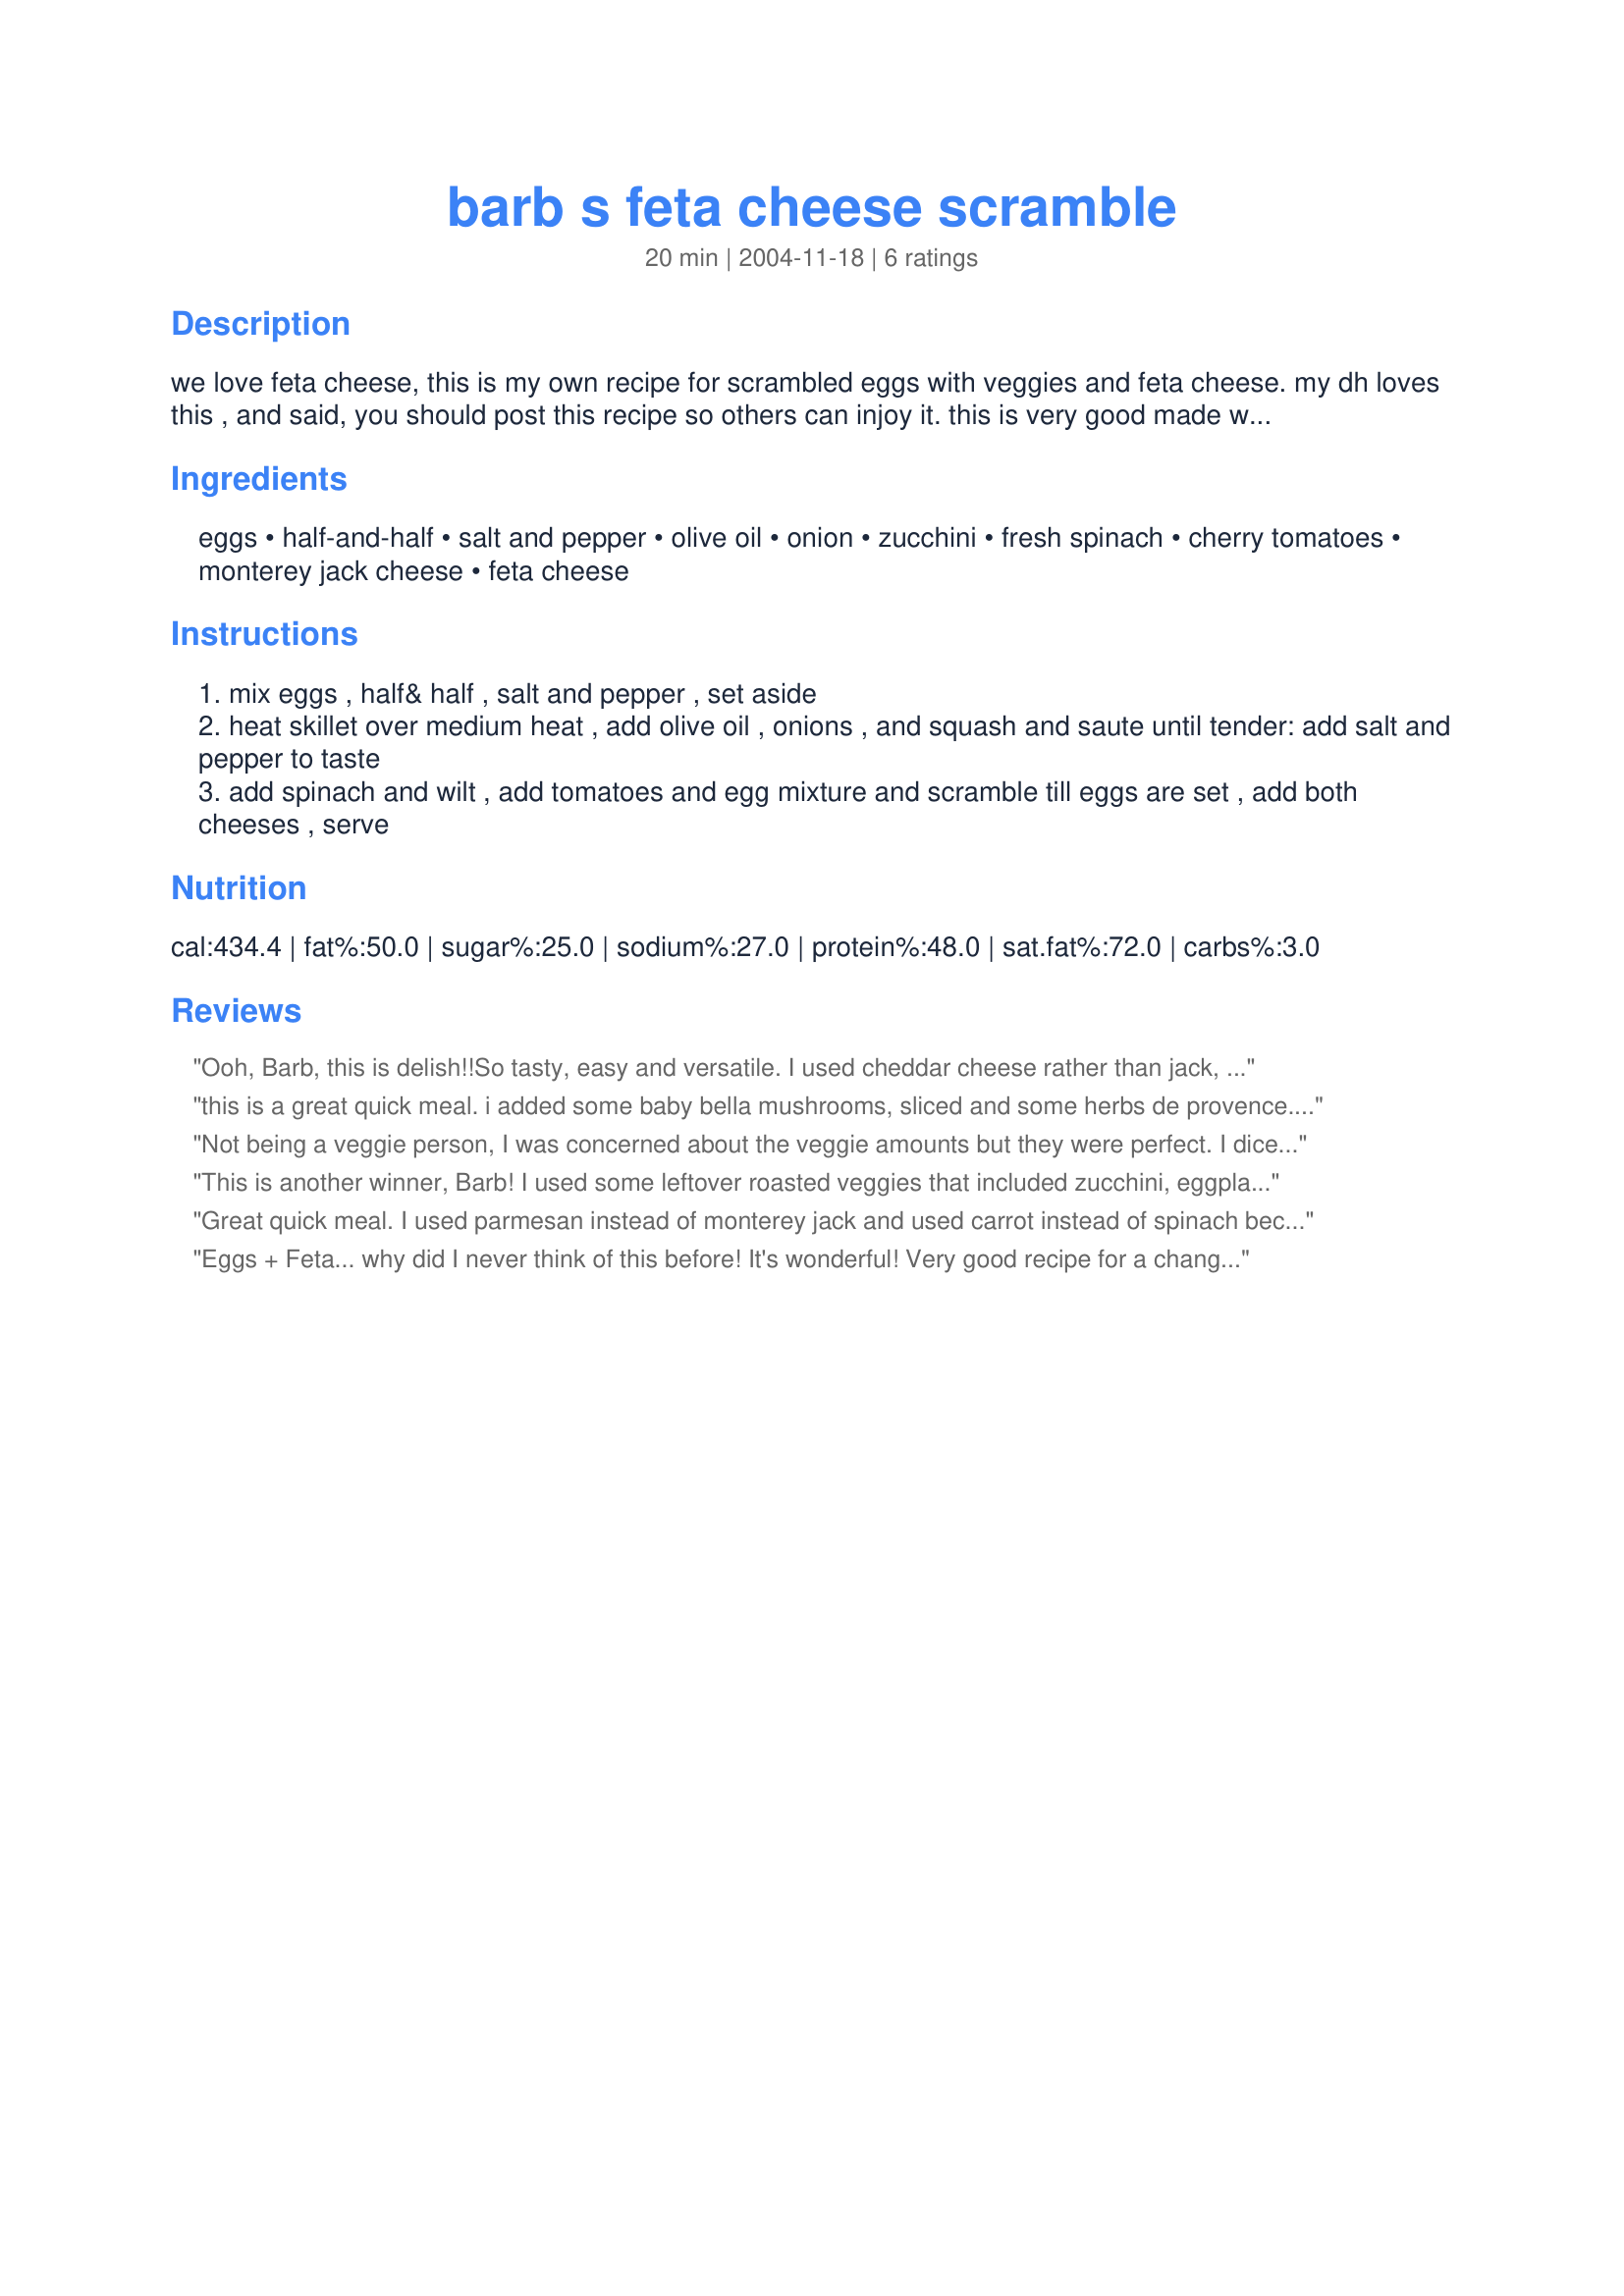
barb s feta cheese scramble
Preparation time: 20 minutes

we love feta cheese, this is my own recipe for scrambled eggs with veggies and feta cheese. my dh loves this , and said, you should post this recipe so others can injoy it. this is very good made with other vegetables, such a broccoli, peppers, mushrooms, etc.

Ingredients:
eggs, half-and-half, salt and pepper, olive oil, onion, zucchini, fresh spinach, cherry tomatoes, monterey jack cheese, feta cheese

Steps:
mix eggs , half& half , salt and pepper , set aside
heat skillet over medium heat , add olive oil , onions , and squash and saute until tender: add salt and pepper to taste
add spinach and wilt , add tomatoes and egg mixture and scramble till eggs are set , add both cheeses , serve

Reviews:
Ooh, Barb, this is delish!!So tasty, easy and versatile. I used cheddar cheese rather than jack, otherwise made the recipe exactly as stated and it was fabulous. A wonderful breakfast/brunch or even a quick dinner as serving sizes are generous. This is a beautiful and colorful dish. Yum! Thanks for coming up with this, Barb!
this is a great quick meal. i added some baby bella mushrooms, sliced and some herbs de provence. it's almost like a frittata but much quicker due to the scrambling, very filling, i served this with your dill feta bread, very good.
Not being a veggie person, I was concerned about the veggie amounts but they were perfect. I diced the zucchini instead of slicing, added butter as the veggies sauted to keep the pan was getting dry, and used sharp Cheddar instead of jack. This is a tasty recipe we will make again!
This is another winner, Barb! I used some leftover roasted veggies that included zucchini, eggplant, onions, scallions and asparagus. I left out the spinach as I didn't have any, and subbed grated parmesan for the Monterey Jack. Because I failed to look at the directions, I added the cheeses while it was still cooking and let it melt in. No matter, it was still delicious and both my kids inhaled it. This made an excellent quick dinner for a summer night. I especially appreciate the fact that it's made like scrambled eggs, rather than an omelette as I'm utterly inept at omelettes and didn't have to feel obliged to try ;-)
Great quick meal. I used parmesan instead of monterey jack and used carrot instead of spinach because I had used up all of my spinach. I had a yellow zucchini which kept the kids happy.
Great quick dinner together with a salad on a day when nobody really wanted to cook or eat anything heavy.
Eggs + Feta... why did I never think of this before! It's wonderful! Very good recipe for a change from regular scrambled eggs. I didn't use the tomatoes and added yellow & orange bell peppers (I already had them in my fridge). The only prob I had was that they wouldnn't scramble as dry as I like, so next time I won't use the full amt of half'n'half. I am definitely saving this recipe!
